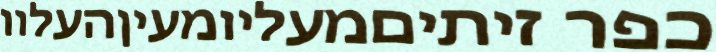
כפר זיתיםמעליומעיןהעלוו